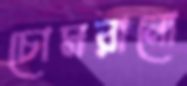
চোমরানো